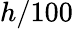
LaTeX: h/100